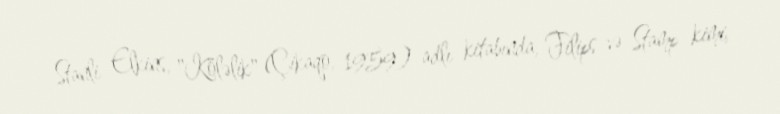
Stanli Elkins, "Köləlik" (Çikaqo, 1959) adlı kitabında, Filips və Stamp kimi,